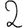
Digit: 2